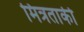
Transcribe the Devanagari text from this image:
मित्रताकी